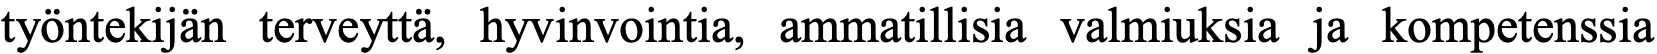
työntekijän terveyttä, hyvinvointia, ammatillisia valmiuksia ja kompetenssia